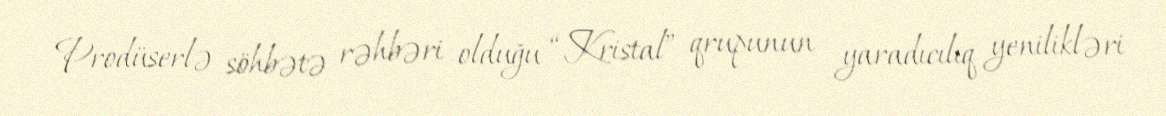
Prodüserlə söhbətə rəhbəri olduğu “Kristal” qrupunun yaradıcılıq yenilikləri